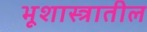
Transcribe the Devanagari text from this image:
भूशास्त्रातील